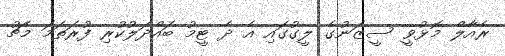
ރެއާލް މޮޅުވީ ސީޒަނުގެ ލީގުގައި އެ ދެ ޓީމު ބައްދަލުކުރި ފުރަތަމަ މެޗު